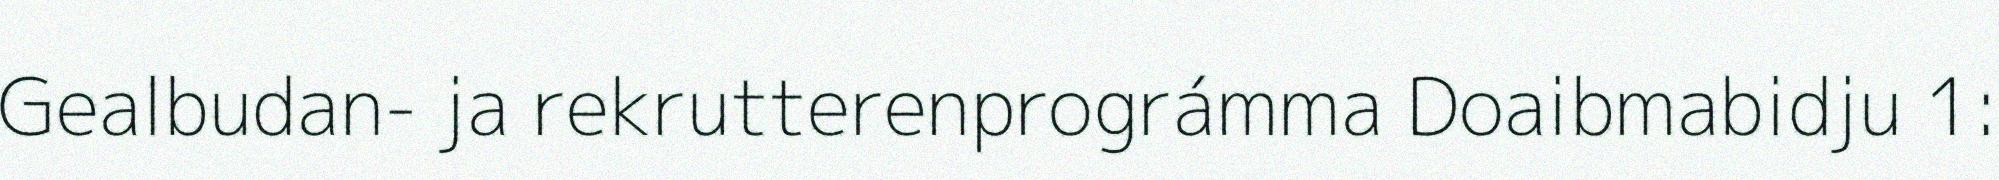
Gealbudan- ja rekrutterenprográmma Doaibmabidju 1: